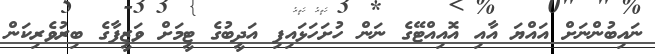
ނައިބުންނަށް އައްޔަ އާއި އޮއިއްޓޭގެ ނަން ހުށަހަޅައިފި އަދީބުގެ ޓީމަށް ވަޒީފާގެ ބިރުވެރިކަން